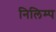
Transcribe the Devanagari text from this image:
निलिम्प